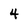
Character: 4